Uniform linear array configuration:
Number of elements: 24
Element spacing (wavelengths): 1
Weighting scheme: cosine
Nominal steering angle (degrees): -60
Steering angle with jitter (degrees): -60.154
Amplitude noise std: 0.05
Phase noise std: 0.05

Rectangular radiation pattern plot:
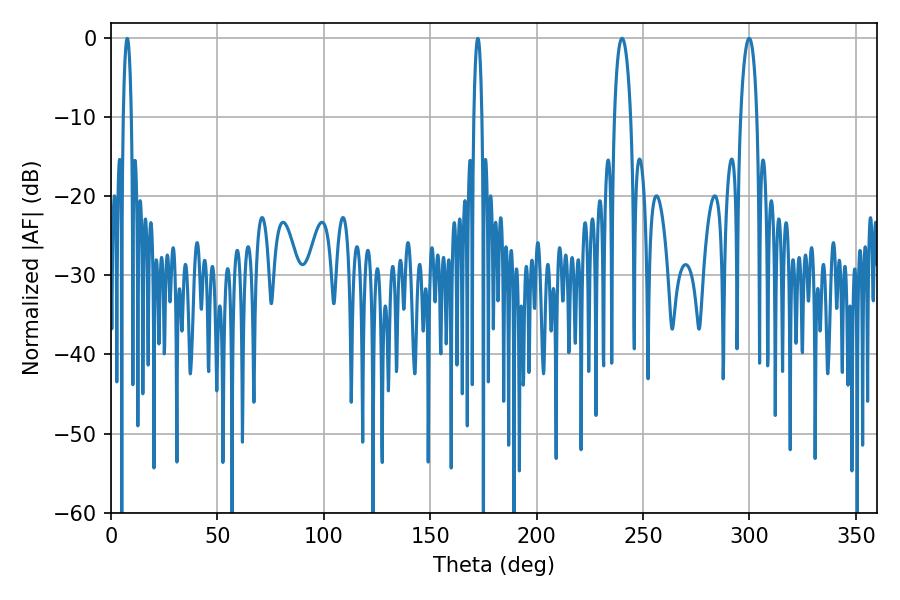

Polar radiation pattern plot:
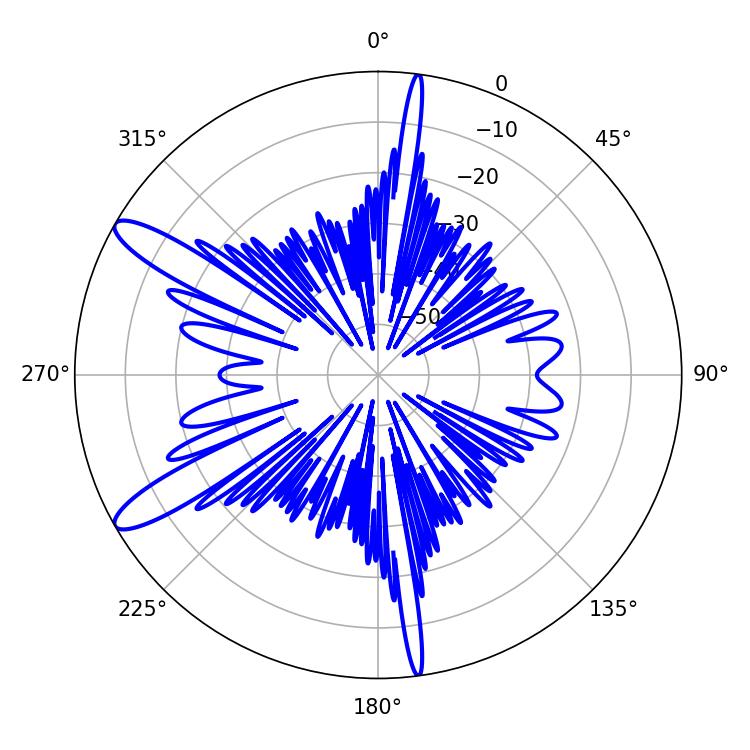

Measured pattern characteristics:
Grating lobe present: TRUE
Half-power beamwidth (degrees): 4.32
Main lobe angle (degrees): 240.12